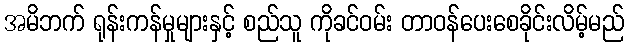
အမိဘက် ရုန်းကန်မှုများနှင့် စည်သူ ကိုခင်ဝမ်း တာဝန်ပေးစေခိုင်းလိမ့်မည်